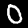
Digit: 0